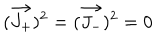
LaTeX: ( \vec { J _ { + } } ) ^ { 2 } = ( \vec { J _ { - } } ) ^ { 2 } = 0